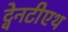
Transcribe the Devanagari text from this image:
ट्वेनटीएथ